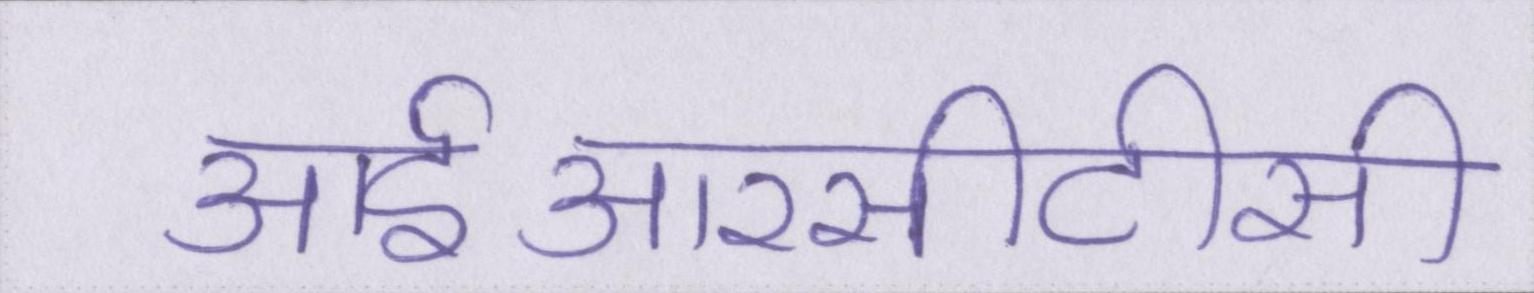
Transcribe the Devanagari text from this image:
आईआरसीटीसी